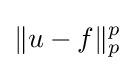
\|u-f\|_{p}^{p}